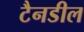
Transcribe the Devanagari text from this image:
टैनडील